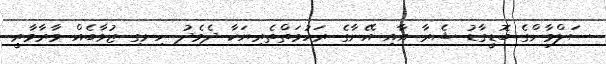
ސަލްމާންގެ ބޮޑީގާޑު ޝެރާ އާއި އޭނާގެ ރަހުމަތްތެރިޔަކާ ދެމެދު ހިނގި ޒުވާބެއް މާރާމާރީ